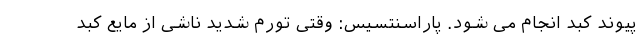
پیوند کبد انجام می شود. پاراسنتسیس: وقتی تورم شدید ناشی از مایع کبد